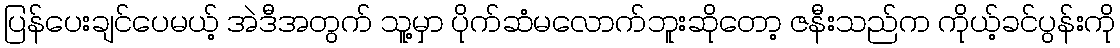
ပြန်ပေးချင်ပေမယ့် အဲဒီအတွက် သူ့မှာ ပိုက်ဆံမလောက်ဘူးဆိုတော့ ဇနီးသည်က ကိုယ့်ခင်ပွန်းကို